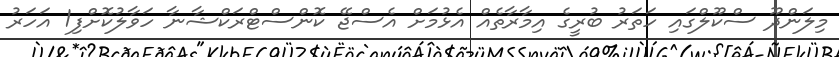
މިލަންދޫ ސްކޫލްގައި ހަތަރު ބުރީގެ އިމާރާތެއް އެޅުމަށް އެސްޖޭ ކޮންސްޓްރަކްޝާނާ ހަވާލުކޮށްފި1 އަހަރު